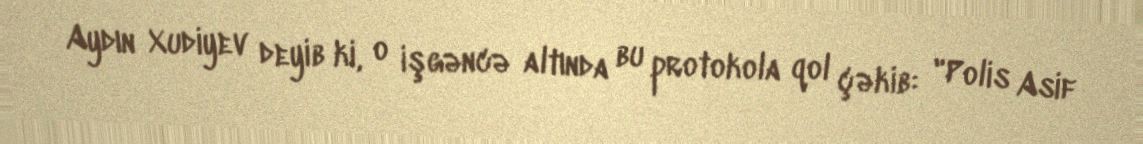
Aydın Xudiyev deyib ki, o işgəncə altında bu protokola qol çəkib: "Polis Asif